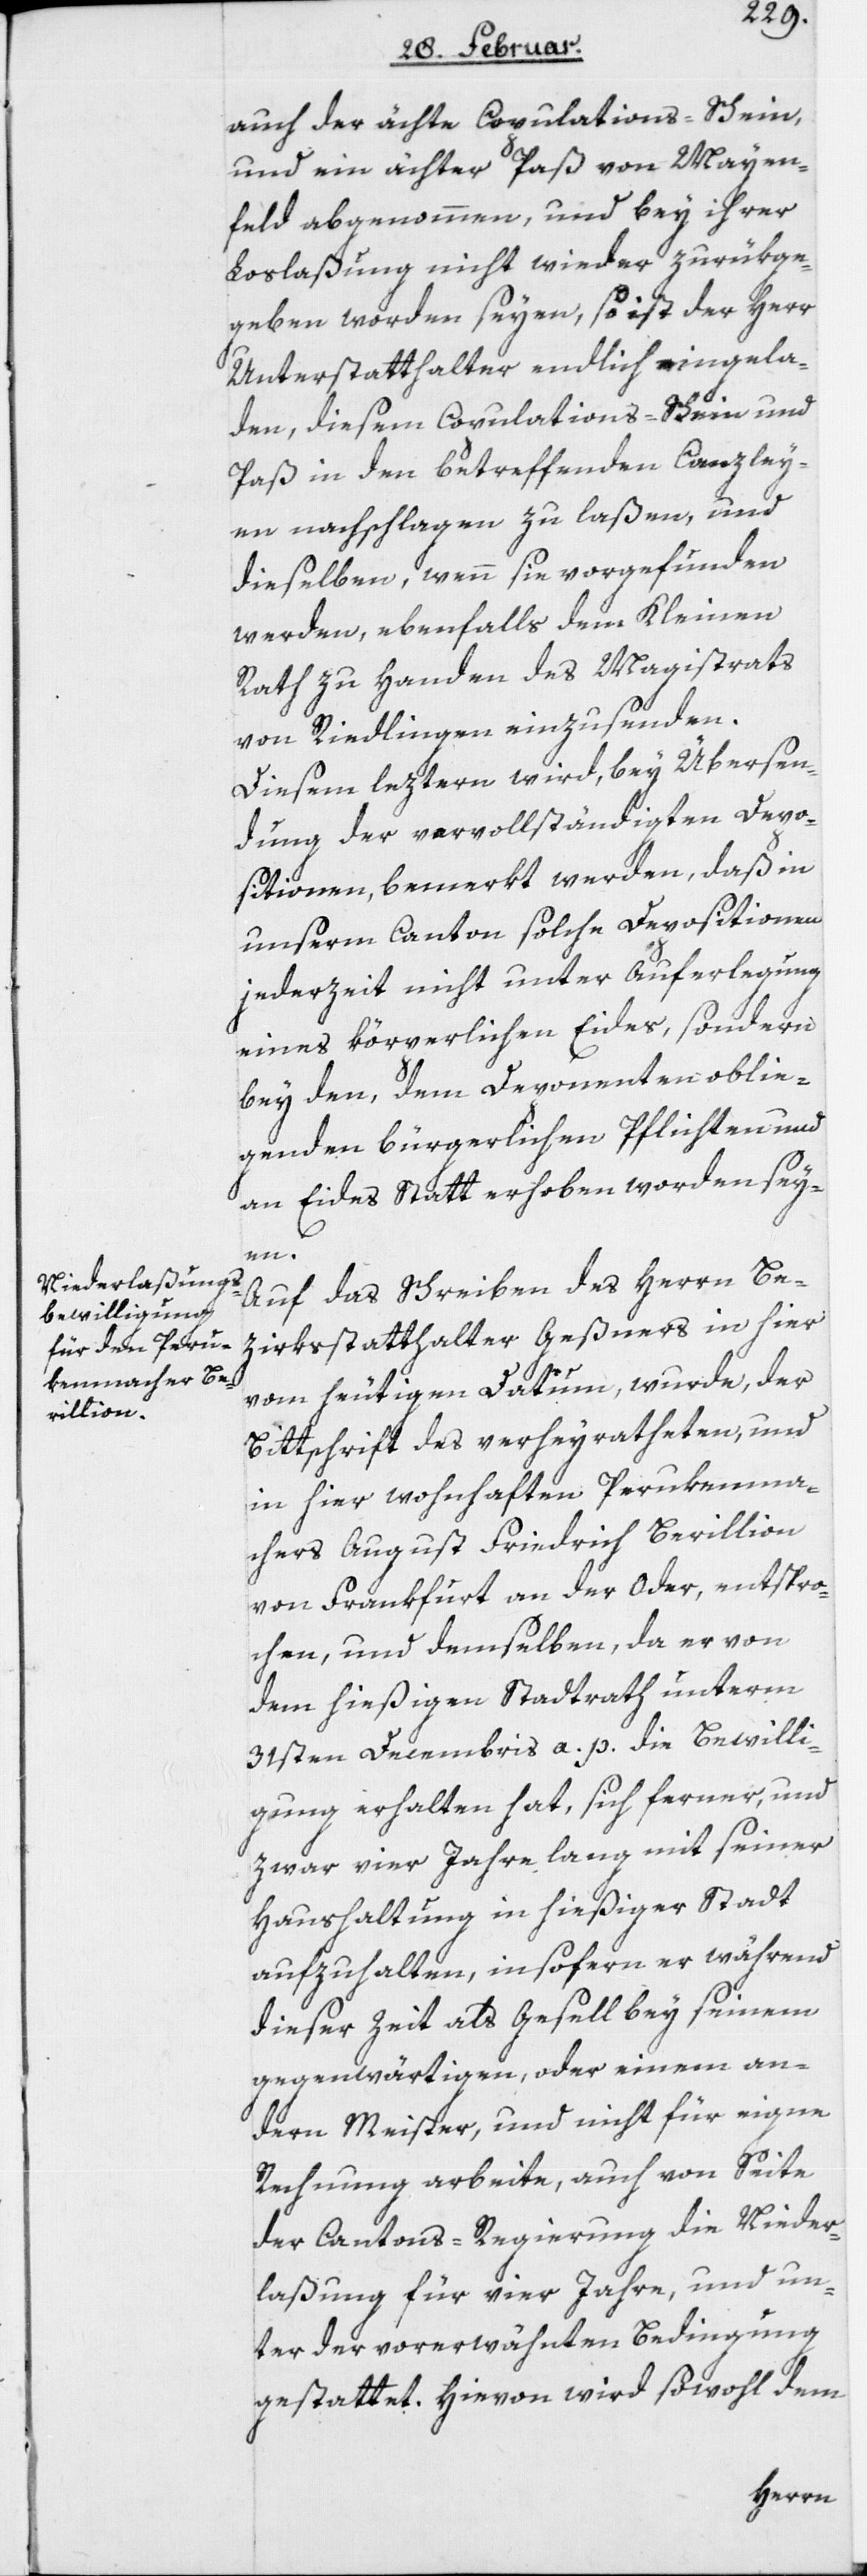
auch der ächte Copulations-Schein,
und ein ächter Paß von Mayen¬
feld abgenommen, und bey ihrer
Loslaßung nicht wieder zurükge¬
geben worden seyen, so ist der Herr
Unterstatthalter endlich eingela¬
den, diesem Copulations-Schein und
Paß in den betreffenden Canzley¬
en nachschlagen zu laßen, und
dieselben, wenn sie vorgefunden
werden, ebenfalls dem Kleinen
Rath zu Handen des Magistraths
von Riedlingen einzusenden.
Diesem leztern wird, bey Übersen¬
dung der vervollständigten Depo¬
sitionen, bemerkt werden, daß in
unserm Canton solche Depositionen
jederzeit nicht unter Auferlegung
eines körperlichen Eides, sondern
bey den, dem Deponenten oblie¬
genden bürgerlichen Pflichten und
an Eides Statt erhoben worden sey¬
en.
Auf das Schreiben des Herrn Be¬
zirksstatthalter Geßners in hier
vom heutigen Datum, wurde der
Bittschrift des verheyratheten, und
in hier wohnhaften Perukenma¬
chers August Friedrich Berillion
von Frankfurt an der Oder, entspro¬
chen, und demselben, da er von
dem hießigen Stadtrath unterm
31sten Decembris a. p. die Bewilli¬
gung erhalten hat, sich ferner, und
zwar vier Jahre lang mit seiner
Haushaltung in hießiger Stadt
aufzuhalten, insofern er während
dieser Zeit als Gesell bey seinem
gegenwärtigen, oder einem an¬
dern Meister, und nicht für eigne
Rechnung arbeite, auch von Seite
der Cantons-Regierung die Nieder¬
laßung für vier Jahre, und un¬
ter der vorerwähnten Bedingung
gestattet. Hievon wird sowohl dem